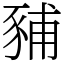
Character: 豧